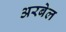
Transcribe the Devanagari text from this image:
अरबेल